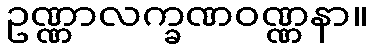
ဥဏ္ဏာလက္ခဏဝဏ္ဏနာ။